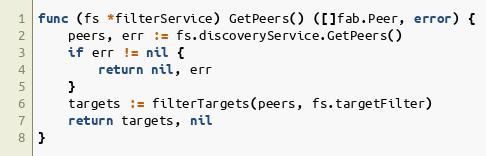
Language: Go
func (fs *filterService) GetPeers() ([]fab.Peer, error) {
	peers, err := fs.discoveryService.GetPeers()
	if err != nil {
		return nil, err
	}
	targets := filterTargets(peers, fs.targetFilter)
	return targets, nil
}